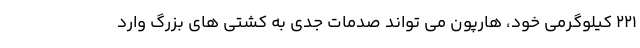
221 کیلوگرمی خود، هارپون می تواند صدمات جدی به کشتی های بزرگ وارد